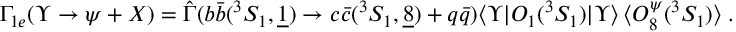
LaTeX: \Gamma _ { 1 e } ( \Upsilon \to \psi + X ) = \hat { \Gamma } ( b \bar { b } ( ^ { 3 } S _ { 1 } , \underline { { { 1 } } } ) \to c \bar { c } ( ^ { 3 } S _ { 1 } , \underline { { { 8 } } } ) + q \bar { q } ) \langle \Upsilon \vert O _ { 1 } ( ^ { 3 } S _ { 1 } ) \vert \Upsilon \rangle \, \langle O _ { 8 } ^ { \psi } ( ^ { 3 } S _ { 1 } ) \rangle \; .